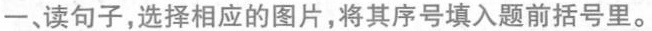
一、读句子,选择相应的图片,将其序号填入题前括号里。